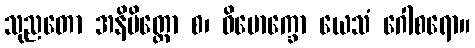
သုညတော အနိမိတ္တော စ၊ ဝိမောက္ခော ယေသံ ဂေါစရော။